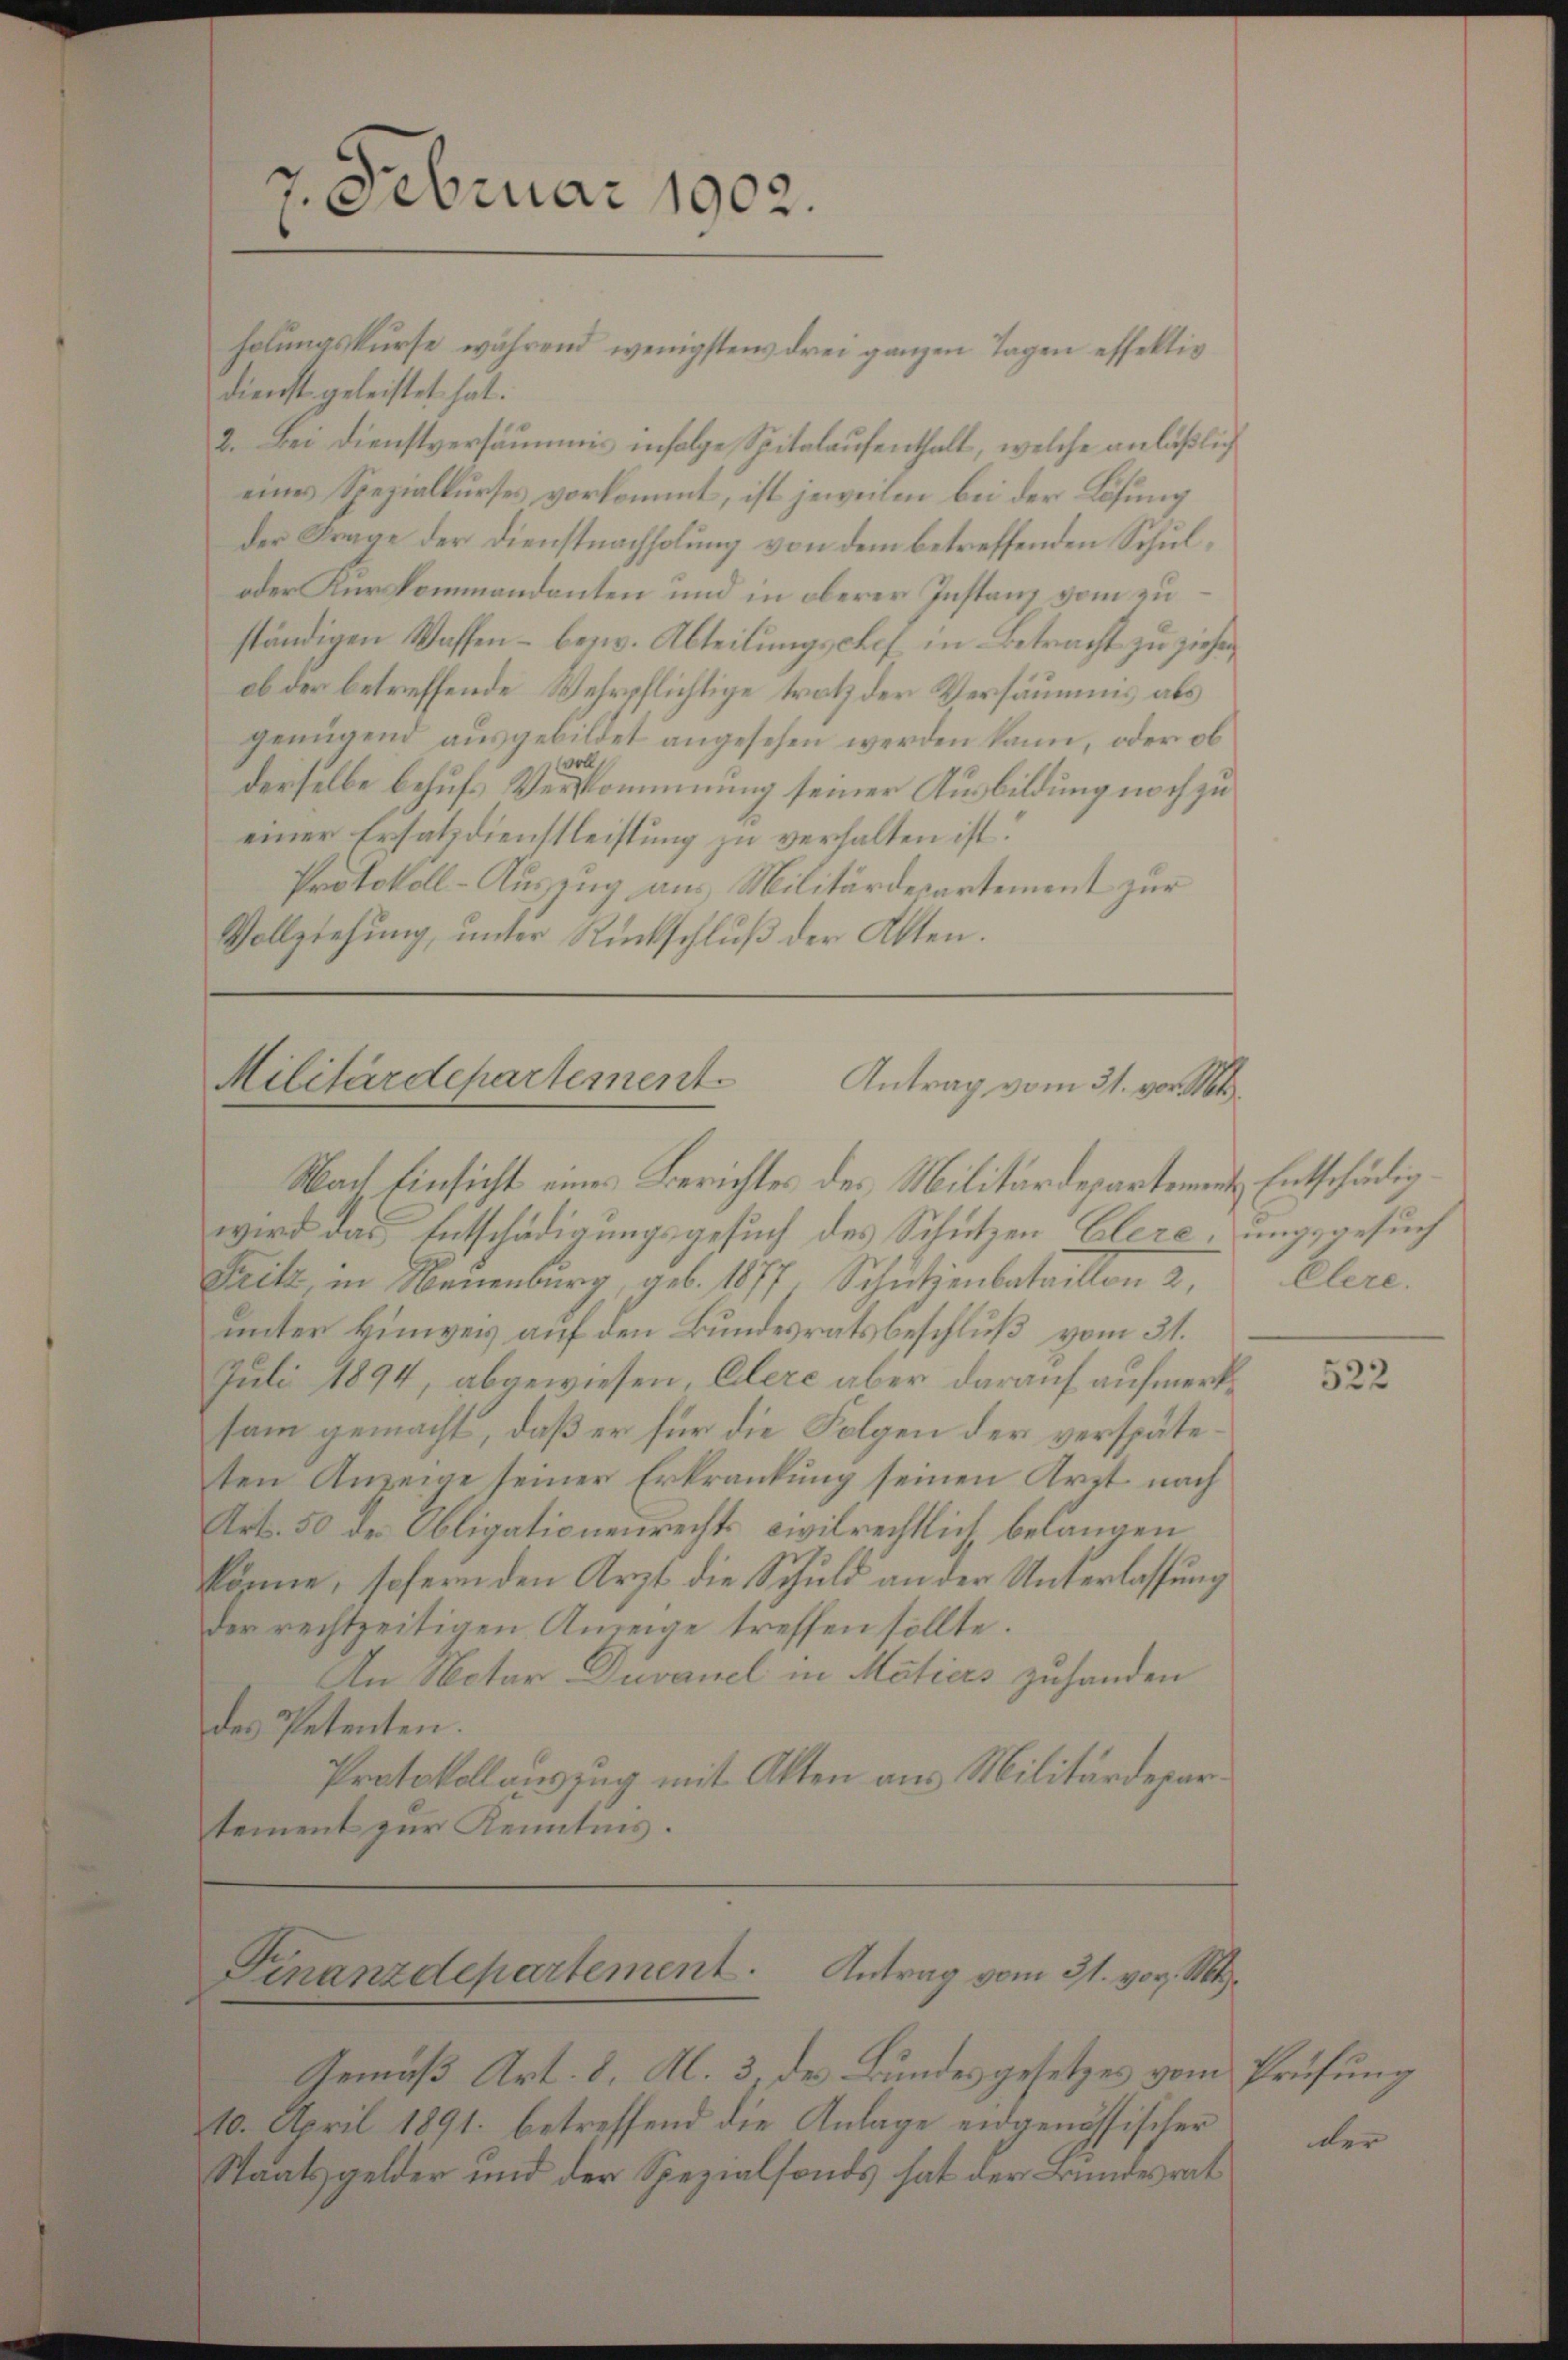
7. Februar 1902.
holŭngskurse während wenigstens drei ganzen Tagen effektiv

dienst geleistet hat.
2. Bei Dienstversäumnis infolge Spitalaufenthalt, welche anläßlich
eines Spezialkurses vorkommt, ist jeweilen bei der Lösung
der Frage der Dienstnachholung von dem betreffenden Schul¬
oder Kurskommandanten und in oberer Instanz vom zu
ständigen Waffen - bezw. Abteilungschof in Betracht zu ziehen
ob der betreffende Wehrpflichtige tratz der Versäumnis als
genügend ausgebildet angesehen werden kann, oder ob
voll
derselbe behufs Verkommnung seiner Ausbildung noch zu
einer Ersatzdienstleistung zu verhalten ist.
Protokoll-Auszug aus Militärdepartement zur
Vollziehung, unter Rückschlŭβ der Akten.

Militärdepartement.
Antrag vom 31. vor. Mts.
Nach Einsicht eines Berichtes des Militärdepartement Entschädig¬

wird das Entschädigungsgesuch des Schützen Elere, ungsgesuch
Pritz, in Neuenburg geb. 1877 Schutzenbataillon 2
unter Hinweis auf den Bundesratsbeschluß vom 31.
Juli 1894, abgewiesen, Eilere aber darauf aufmerksam gemacht, daß er für die Folgen der verspäteten Anzeige seiner Erkrankung seinen Arzt nach
Art. 50 des Obligationenrechts civilrechtlich belangen
könne, sofern den Arzt die Schuld an der Unterlassung
der rechtzeitigen Anzeige treffen sollte.
An Notar Duvanel in Metias zuhanden
des Petenten.
Protokollauszug mit Akten aus Militärdepartement zur Kenntnis.

Finanzdepartement. Antrag vom 31. vor. Mts.

Gemäß Art. 8, Al. 3, des Bundesgesetzes vom Prüfung
10. April 1891. betreffend die Anlage eidgenössischer
Staatsgelder und der Spezialfonds hat der Bundesrat

Ehere.

522

der